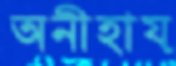
অনীহায়